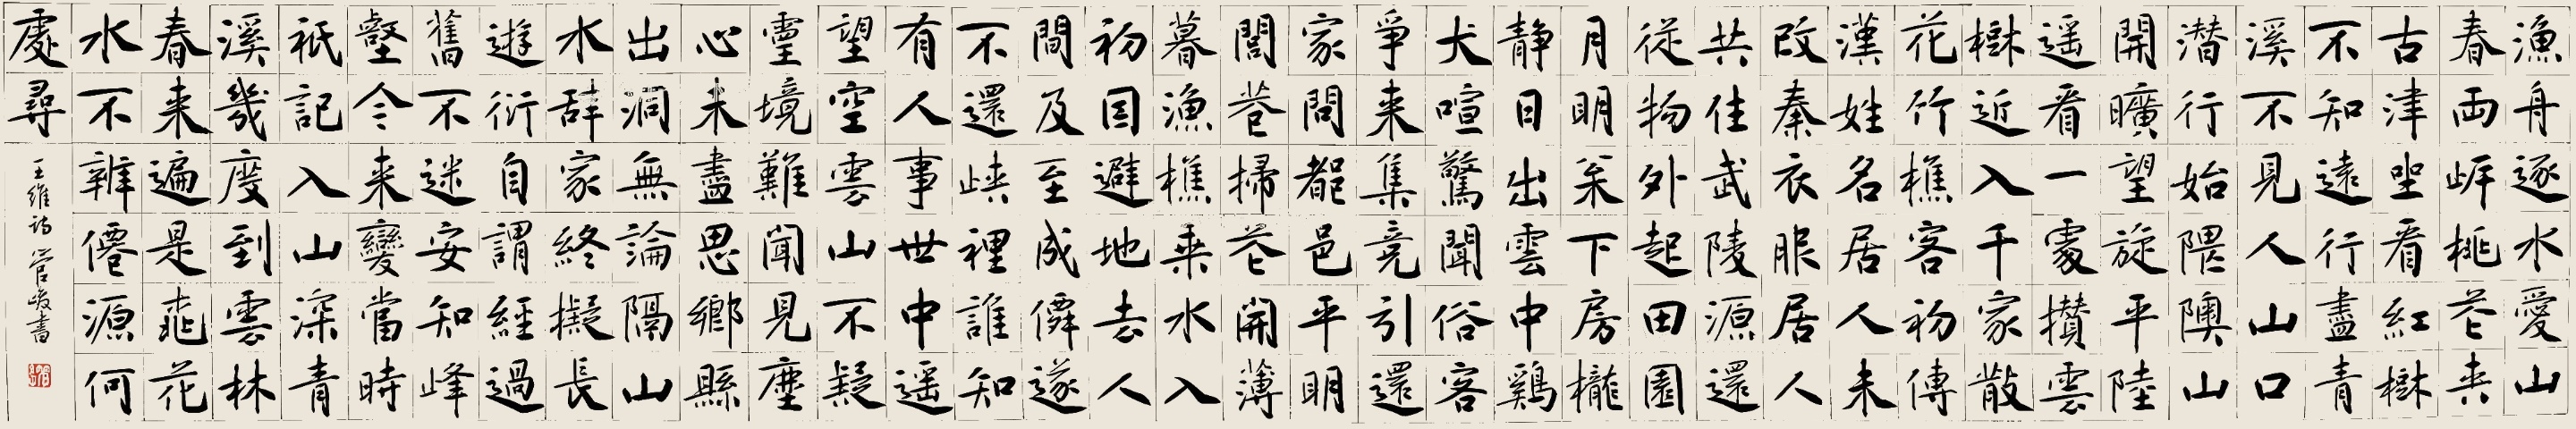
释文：渔舟逐水爱山春，两岸桃花夹古津。坐看红树不知远，行尽青溪不见人。山口潜行始隈隩，山开旷望旋平陆。遥看一处攒云树，近入千家散花竹。樵客初传汉姓名，居人未改秦衣服。居人共住武陵源，还从物外起田园。月明松下房栊静，日出云中鸡犬喧。惊闻俗客争来集，竞引还家问都邑。平明闾巷扫花开，薄暮渔樵乘水入。初因避地去人间，及至成仙遂不还。峡里谁知有人事，世中遥望空云山。不疑灵境难闻见，尘心未尽思乡县。出洞无论隔山水，辞家终拟长游衍。自谓经过旧不迷，安知峰壑今来变。当时只记入山深，青溪几度到云林。春来遍是桃花水，不辨仙源何处寻。王维诗，管峻书。